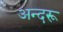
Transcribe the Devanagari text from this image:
अन्दरू